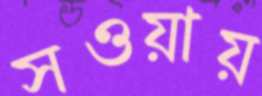
সওয়ায়